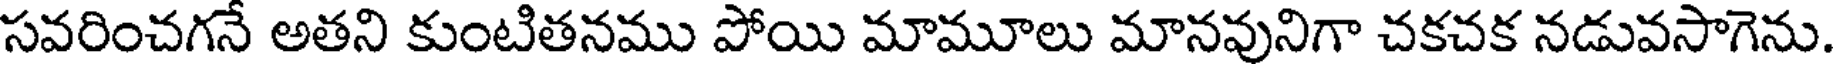
సవరించగనే అతని కుంటితనము పోయి మామూలు మానవునిగా చకచక నడువసాగెను.